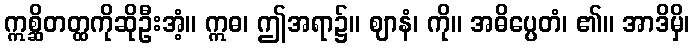
ဣစ္ဆိတတ္ထကိုဆိုဦးအံ့။ ဣဓ၊ ဤအရာ၌။ ဈာနံ၊ ကို။ အဓိပ္ပေတံ၊ ၏။ အာဒိမှိ၊